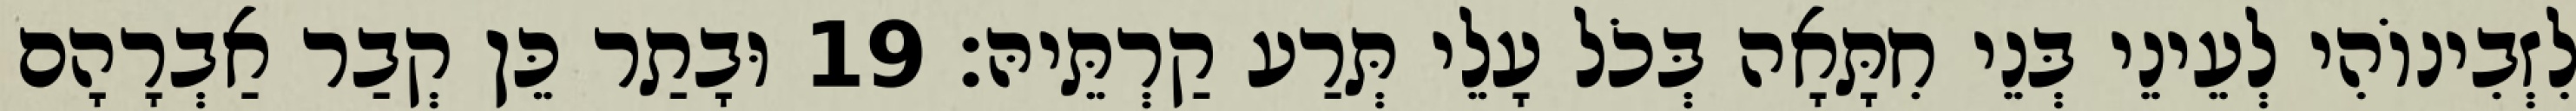
לִזְבִינוֹהִי לְעֵינֵי בְּנֵי חִתָּאָה בְּכֹל עָלֵי תְּרַע קַרְתֵּיהּ׃ 19 וּבָתַר כֵּן קְבַר אַבְרָהָם